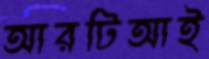
আরটিআই